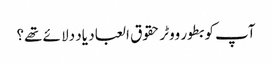
آپ کو بطور ووٹر حقوق العباد یاد دلا ئے تھے؟